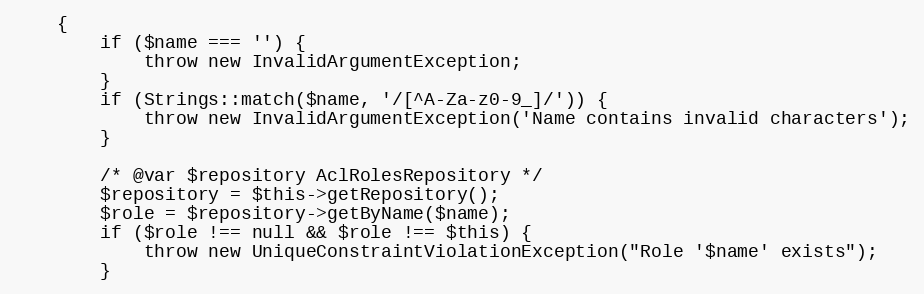
Language: PHP
	{
		if ($name === '') {
			throw new InvalidArgumentException;
		}
		if (Strings::match($name, '/[^A-Za-z0-9_]/')) {
			throw new InvalidArgumentException('Name contains invalid characters');
		}

		/* @var $repository AclRolesRepository */
		$repository = $this->getRepository();
		$role = $repository->getByName($name);
		if ($role !== null && $role !== $this) {
			throw new UniqueConstraintViolationException("Role '$name' exists");
		}